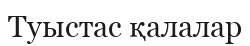
Туыстас қалалар